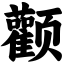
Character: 颧